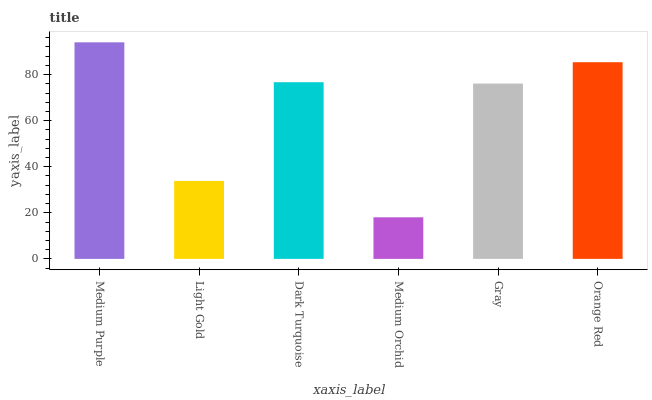
| xaxis_label | bars |
 | --- | --- |
 | Medium Purple | 94 |
 | Light Gold | 33.8 |
 | Dark Turquoise | 76.7 |
 | Medium Orchid | 18 |
 | Gray | 76.1 |
 | Orange Red | 85.4 |